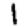
Digit: 1